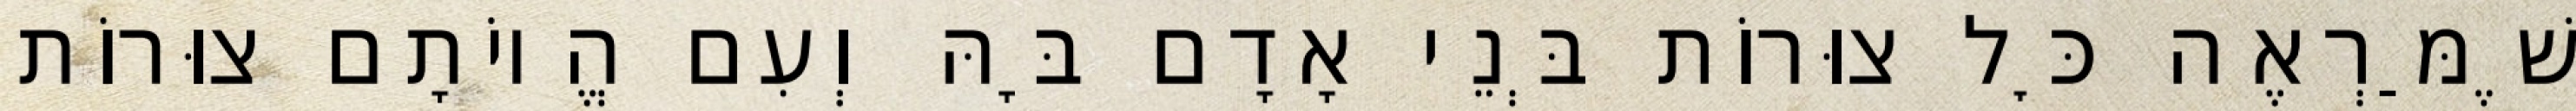
שֶׁמַּרְאֶה כׇּל צוּרוֹת בְּנֵי אָדָם בָּהּ וְעִם הֱיוֹתָם צוּרוֹת